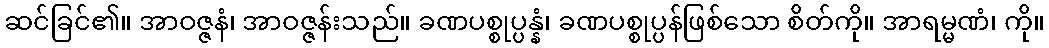
ဆင်ခြင်၏။ အာဝဇ္ဇနံ၊ အာဝဇ္ဇန်းသည်။ ခဏပစ္စုပ္ပန္နံ၊ ခဏပစ္စုပ္ပန်ဖြစ်သော စိတ်ကို။ အာရမ္မဏံ၊ ကို။